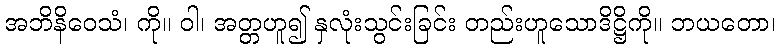
အဘိနိဝေသံ၊ ကို။ ဝါ၊ အတ္တဟူ၍ နှလုံးသွင်းခြင်း တည်းဟူသောဒိဋ္ဌိကို။ ဘယတော၊